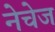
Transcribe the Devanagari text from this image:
नेचेज